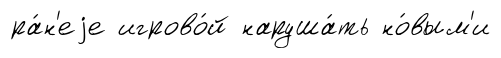
ра́н'еjе игрово́й наруша́ть но́вым'и